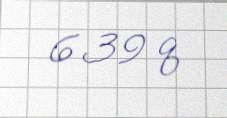
639 q